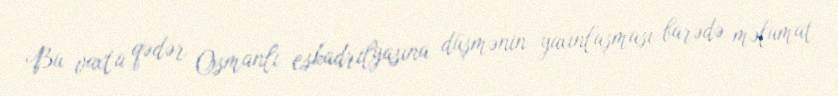
Bu vaxta qədər Osmanlı eskadrilyasına düşmənin yaxınlaşması barədə məlumat